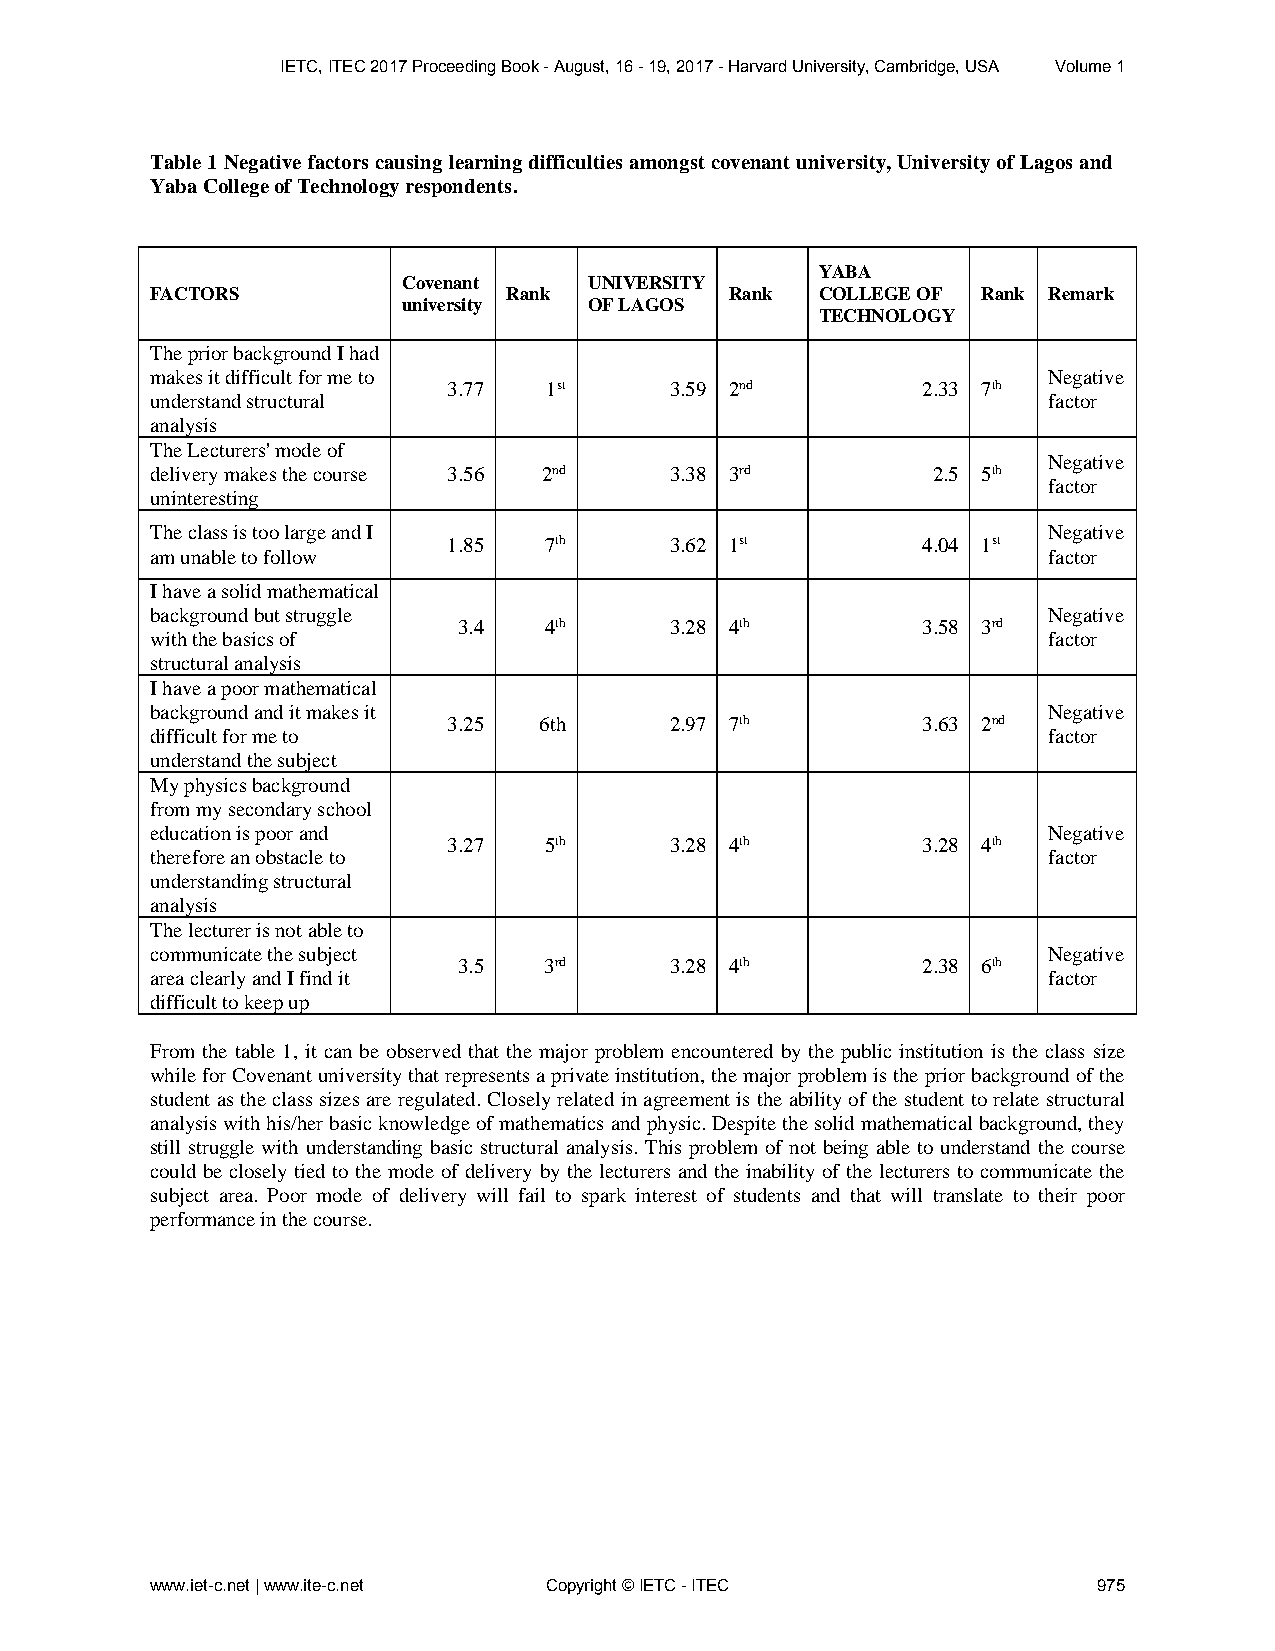
IETC, ITEC 2017 Proceeding Book - August, 16 - 19, 2017 - Harvard University, Cambridge, USA Volume 1
 Table 1 Negative factors causing learning difficulties amongst covenant university, University of Lagos and
 Yaba College of Technology respondents.
 YABA
 Covenant    UNIVERSITY
 FACTORS                 Rank          Rank  COLLEGE OF Rank Remark
 university  OF LAGOS
 TECHNOLOGY
 The prior background I had
 makes it difficult for me to                               Negative
 3.77  1st     3.59 2nd         2.33 7th
 understand structural                                      factor
 analysis
 The Lecturers' mode of
 Negative
 delivery makes the course 3.56 2nd 3.38 3rd         2.5 5th
 factor
 uninteresting
 The class is too large and I                               Negative
 1.85  7th     3.62 1st         4.04 1st
 am unable to follow                                        factor
 I have a solid mathematical
 background but struggle                                    Negative
 3.4   4th     3.28 4th         3.58 3rd
 with the basics of                                         factor
 structural analysis
 I have a poor mathematical
 background and it makes it                                 Negative
 3.25  6th     2.97 7th         3.63 2nd
 difficult for me to                                        factor
 understand the subject
 My physics background
 from my secondary school
 education is poor and                                      Negative
 3.27  5th     3.28 4th         3.28 4th
 therefore an obstacle to                                   factor
 understanding structural
 analysis
 The lecturer is not able to
 communicate the subject                                    Negative
 3.5   3rd     3.28 4th         2.38 6th
 area clearly and I find it                                 factor
 difficult to keep up
 From the table 1, it can be observed that the major problem encountered by the public institution is the class size
 while for Covenant university that represents a private institution, the major problem is the prior background of the
 student as the class sizes are regulated. Closely related in agreement is the ability of the student to relate structural
 analysis with his/her basic knowledge of mathematics and physic. Despite the solid mathematical background, they
 still struggle with understanding basic structural analysis. This problem of not being able to understand the course
 could be closely tied to the mode of delivery by the lecturers and the inability of the lecturers to communicate the
 subject area. Poor mode of delivery will fail to spark interest of students and that will translate to their poor
 performance in the course.
 www.iet-c.net | www.ite-c.net Copyright © IETC - ITEC          975